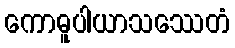
ကောဓူပါယာသဿေတံ